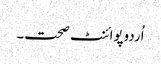
اُردوپوائنٹ صحت۔